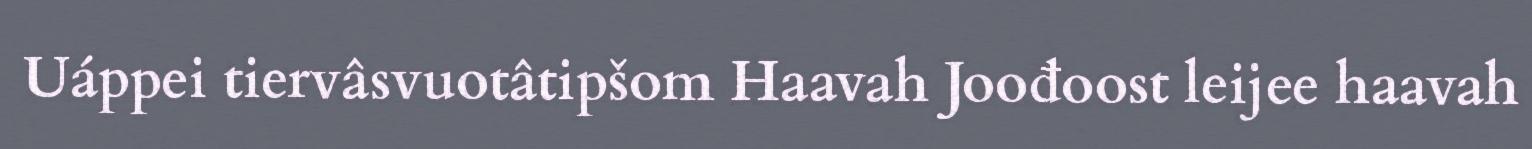
Uáppei tiervâsvuotâtipšom Haavah Joođoost leijee haavah